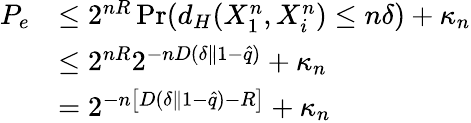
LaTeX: \begin{array}{rl}{P_{e}}&{\le 2^{nR}\operatorname*{Pr}(d_{H}(X_{1}^{n},X_{i}^{n})\le n\delta)+\kappa_{n}}\\ &{\le 2^{nR}2^{-nD(\delta\| 1-\hat{q})}+\kappa_{n}}\\ &{=2^{-n\left[D(\delta\| 1-\hat{q})-R\right]}+\kappa_{n}}\end{array}